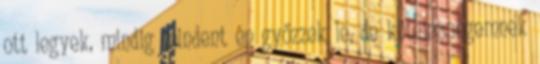
ott legyek, mindig mindent én győzzek le, de kötelességemnek